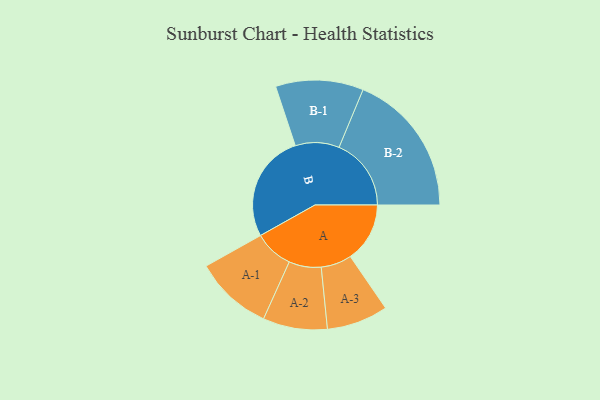
{"axis": {"x": "Segment", "y": "Value"}, "legend": ["", "A", "B"], "data": [{"x": "A", "y": 244, "type": ""}, {"x": "B", "y": 443, "type": ""}, {"x": "A-1", "y": 160, "type": "A"}, {"x": "A-2", "y": 132, "type": "A"}, {"x": "A-3", "y": 126, "type": "A"}, {"x": "B-1", "y": 180, "type": "B"}, {"x": "B-2", "y": 296, "type": "B"}]}